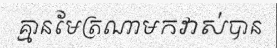
គ្មានមែត្រណាមកវាស់បាន